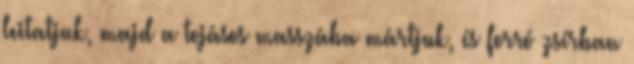
leitatjuk, majd a tojásos masszába mártjuk, és forró zsírban